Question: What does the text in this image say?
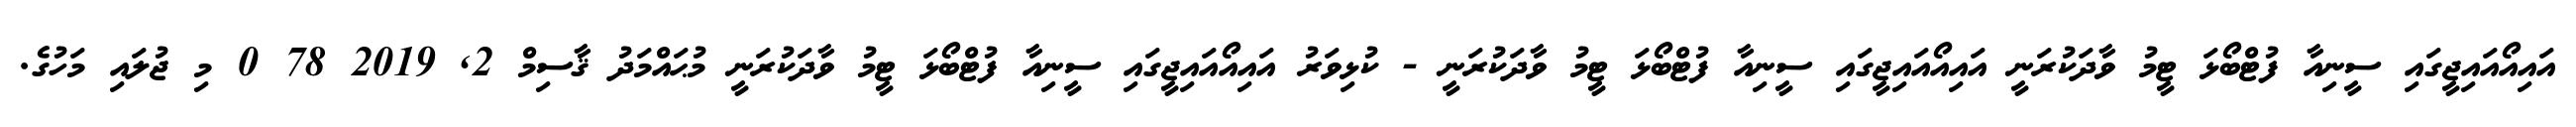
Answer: އައިއޯއައިޖީގައި ސީނިއާ ފުޓްބޯޅަ ޓީމު ވާދަކުރަނީ އައިއޯއައިޖީގައި ސީނިއާ ފުޓްބޯޅަ ޓީމު ވާދަކުރަނީ - ކުޅިވަރު އައިއޯއައިޖީގައި ސީނިއާ ފުޓްބޯޅަ ޓީމު ވާދަކުރަނީ މުޙައްމަދު ޤާސިމް 2, 2019 78 0 މި ޖުލައި މަހުގެ.